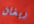
ريغان